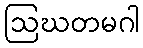
ဩဃတမဂါ